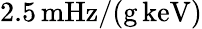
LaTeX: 2.5\, \mathrm{mHz}/(\mathrm{g}\, \mathrm{keV})